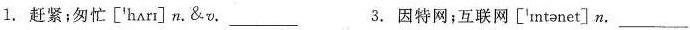
1. 赶紧;匆忙['hʌrɪ]n.&v.___. 3. 因特网;互联网['ɪntənet]n.___